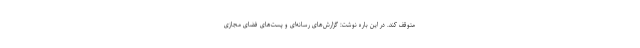
متوقف کند. در این باره نوشت: گزارش‌های رسانه‌ای و پست‌های فضای مجازی